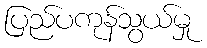
ပြည်ပကုန်သွယ်မှု